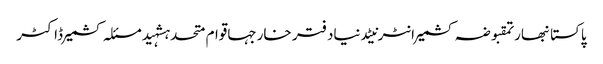
پاکستانبھارتمقبوضہ کشمیرانٹرنیٹدنیادفتر خارجہاقوام متحدہشہیدمسئلہ کشمیرڈاکٹر